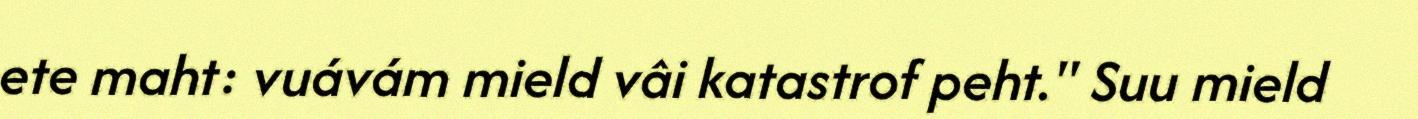
ete maht: vuávám mield vâi katastrof peht." Suu mield